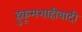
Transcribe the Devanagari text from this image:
हुकूमशाहीवादी